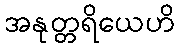
အနုတ္တရိယေဟိ